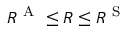
R ^ { \mathrm { ~ A ~ } } \leq R \leq R ^ { \mathrm { ~ S ~ } }